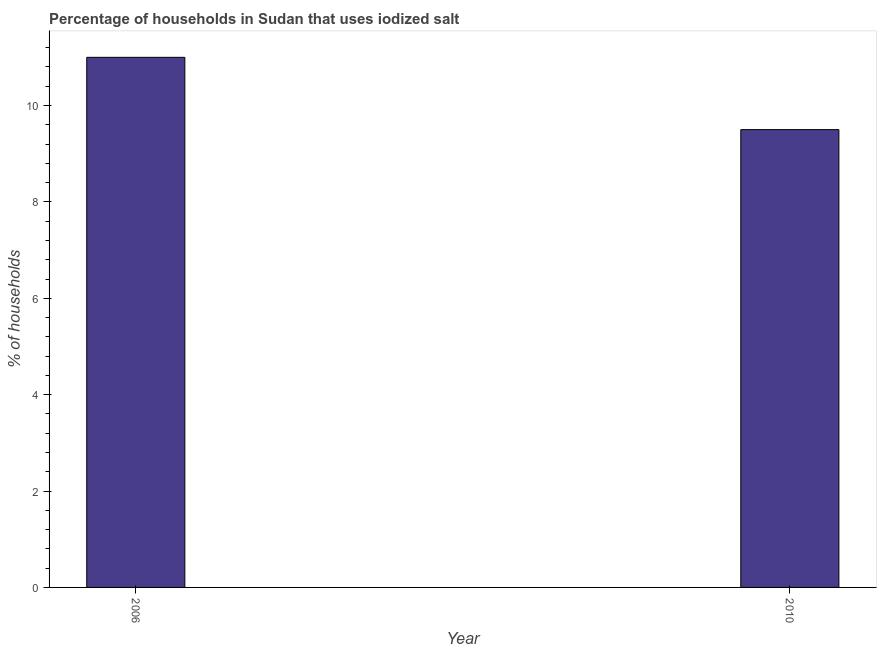
| Year | Consumption of iodized salt |
 | --- | --- |
 | 2006 | 11 |
 | 2010 | 9.5 |